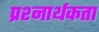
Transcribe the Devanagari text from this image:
प्रश्‍नार्थकता